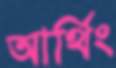
আর্থিং